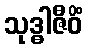
သုဒ္ဓါဇီဝိံ